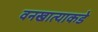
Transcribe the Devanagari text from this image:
वनखात्याकडे